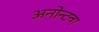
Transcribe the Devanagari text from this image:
अनोन्टन्ग